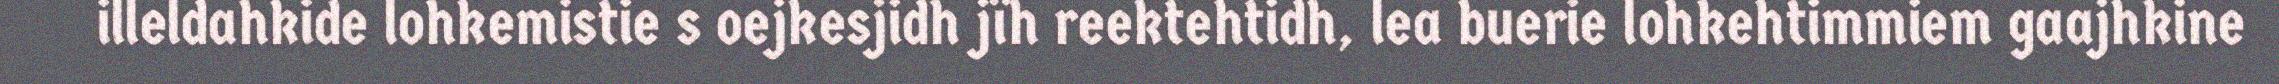
illeldahkide lohkemistie s oejkesjidh jïh reektehtidh, lea buerie lohkehtimmiem gaajhkine